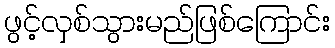
ဖွင့်လှစ်သွားမည်ဖြစ်ကြောင်း